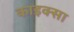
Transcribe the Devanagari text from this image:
काइक्सा